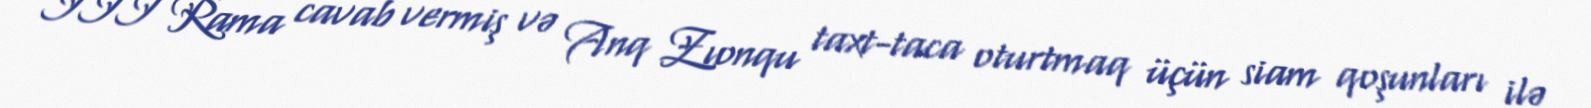
III Rama cavab vermiş və Anq Zıonqu taxt-taca oturtmaq üçün siam qoşunları ilə